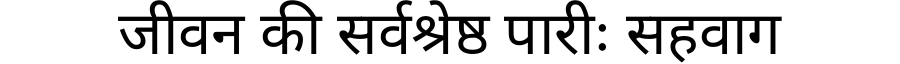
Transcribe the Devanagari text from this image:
जीवन की सर्वश्रेष्ठ पारीः सहवाग